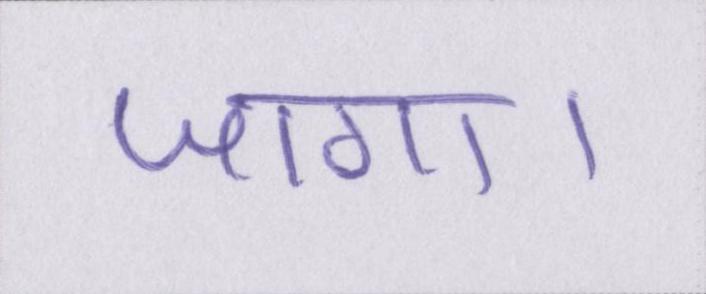
जागा।